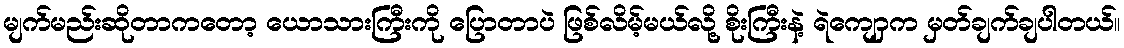
မျက်မည်းဆိုတာကတော့ ယောသားကြီးကို ပြောတာပဲ ဖြစ်လိမ့်မယ်လို့ စိုးကြီးနဲ့ ရဲကျောှက မှတ်ချက်ချပါတယ်။